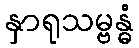
နှာရုသမ္ဗန္ဓံ